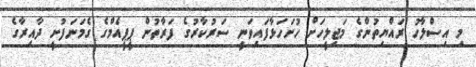
މި އިސްލާހު ރައްޔިތުންގެ މަޖިލީހަށް ހުށަހަޅާފައިވަނީ ސަރުކާރުގެ ފަރާތުން ޕީޕީއެމްގެ ގެމަނަފުށީ ދާއިރާގެ